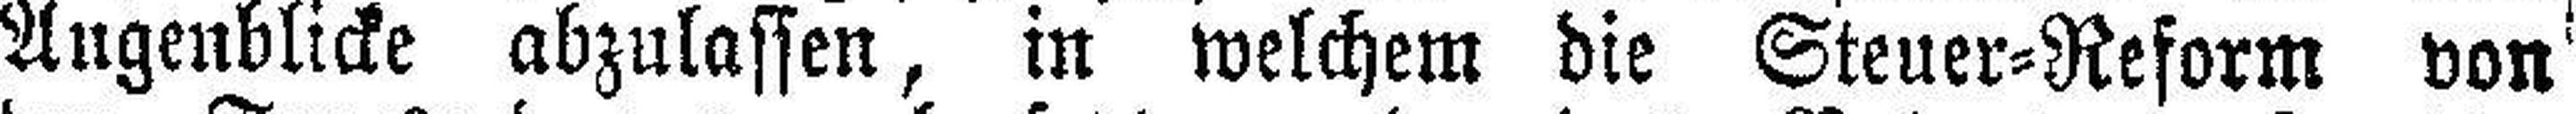
Augenblicke abzulassen, in welchem die Steuer=Reform von